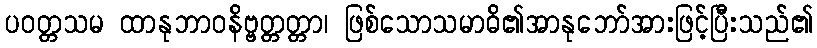
ပဝတ္တသမ ထာနုဘာဝနိဗ္ဗတ္တတ္တာ၊ ဖြစ်သောသမာဓိ၏အာနုဘော်အားဖြင့်ပြီးသည်၏